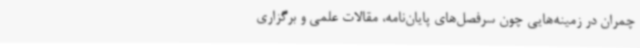
چمران در زمینه‌هایی چون سرفصل‌های پایان‌نامه، مقالات علمی و برگزاری